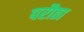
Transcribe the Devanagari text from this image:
परौठा